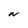
Character: N